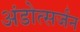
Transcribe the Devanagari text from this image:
अंडोत्सर्जन